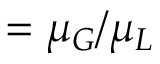
= \mu _ { G } / \mu _ { L }